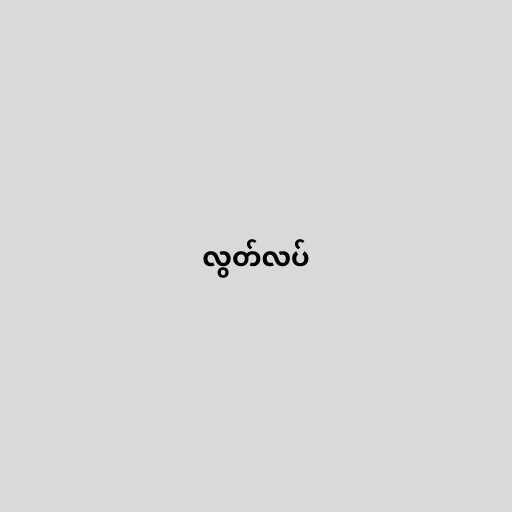
လွတ်လပ်